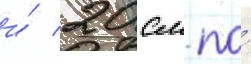
и́ 20 см по́